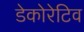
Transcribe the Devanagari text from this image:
डेकोरेटिव